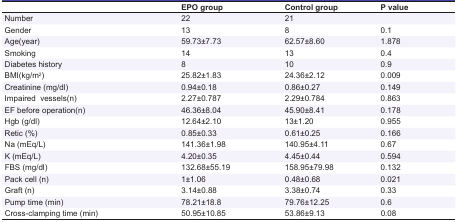
<table><thead><tr><td></td><td><b>EPO group</b></td><td><b>Control group</b></td><td><b>P value</b></td></tr></thead><tbody><tr><td> Number </td><td> 22 </td><td> 21 </td><td></td></tr><tr><td> Gender </td><td> 13 </td><td> 8 </td><td> 0.1 </td></tr><tr><td> Age(year) </td><td> 59.73±7.73 </td><td> 62.57±8.60 </td><td> 1.878 </td></tr><tr><td> Smoking </td><td> 14 </td><td> 13 </td><td> 0.4 </td></tr><tr><td> Diabetes history </td><td> 8 </td><td> 10 </td><td> 0.9 </td></tr><tr><td>BMI(kg/m<sup>2</sup>)</td><td> 25.82±1.83 </td><td> 24.36±2.12 </td><td> 0.009 </td></tr><tr><td> Creatinine (mg/dl) </td><td> 0.94±0.18 </td><td> 0.86±0.27 </td><td> 0.149 </td></tr><tr><td> Impairedvessels(n) </td><td> 2.27±0.787 </td><td> 2.29±0.784 </td><td> 0.863 </td></tr><tr><td> EF before operation(n) </td><td> 46.36±8.04 </td><td> 45.90±8.41 </td><td> 0.178 </td></tr><tr><td> Hgb (g/dl) </td><td> 12.64±2.10 </td><td> 13±1.20 </td><td> 0.955 </td></tr><tr><td> Retic (%) </td><td> 0.85±0.33 </td><td> 0.61±0.25 </td><td> 0.166 </td></tr><tr><td> Na (mEq/L) </td><td> 141.36±1.98 </td><td> 140.95±4.11 </td><td> 0.67 </td></tr><tr><td> K (mEq/L) </td><td> 4.20±0.35 </td><td> 4.45±0.44 </td><td> 0.594 </td></tr><tr><td> FBS (mg/dl) </td><td> 132.68±55.19 </td><td> 158.95±79.98 </td><td> 0.132 </td></tr><tr><td> Pack cell (n) </td><td> 1±1.06 </td><td> 0.48±0.68 </td><td> 0.021 </td></tr><tr><td> Graft (n) </td><td> 3.14±0.88 </td><td> 3.38±0.74 </td><td> 0.33 </td></tr><tr><td> Pump time (min) </td><td> 78.21±18.8 </td><td> 79.76±12.25 </td><td> 0.6 </td></tr><tr><td> Cross-clamping time (min) </td><td> 50.95±10.85 </td><td> 53.86±9.13 </td><td> 0.08 </td></tr></tbody></table>